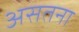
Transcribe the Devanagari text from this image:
असतना